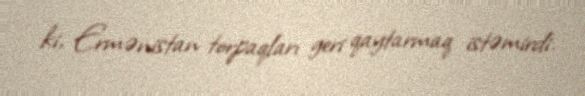
ki, Ermənistan torpaqları geri qaytarmaq istəmirdi.